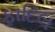
ફાદિલ